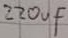
Text: 220µF